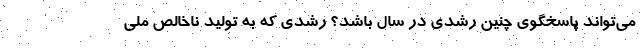
می‌تواند پاسخگوی چنین رشدی در سال باشد؟ رشدی که به تولید ناخالص ملی